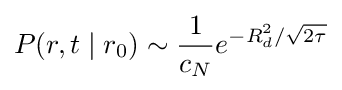
P(r,t\mid r_{0})\sim {\frac {1}{c_{N}}}e^{-R_{d}^{2}/{\sqrt {2\tau }}}